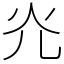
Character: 灮